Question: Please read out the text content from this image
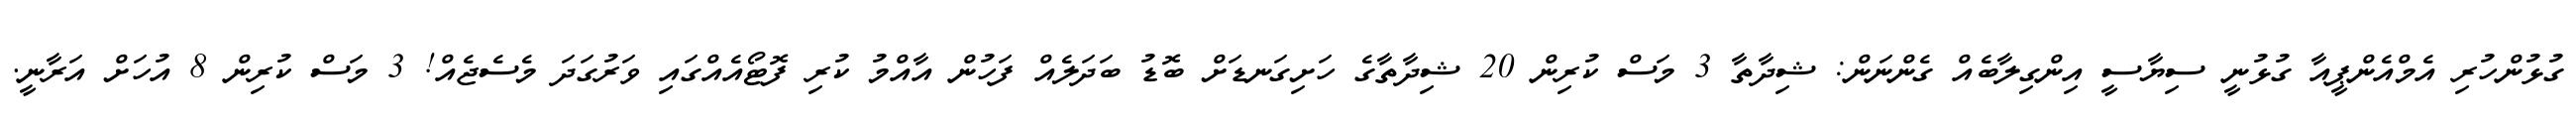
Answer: ގުޅުންހުރި އެމްއެންޕީއާ ގުޅުނީ ސިޔާސީ އިންގިލާބެއް ގެންނަން: ޝިދާތާ 3 މަސް ކުރިން 20 ޝިދާތާގެ ހަށިގަނޑަށް ބޮޑު ބަދަލެއް ފަހުން އާއްމު ކުރި ފޮޓޯއެއްގައި ވަރުގަދަ މެސެޖެއް! 3 މަސް ކުރިން 8 އުހަށް އަރާނީ.